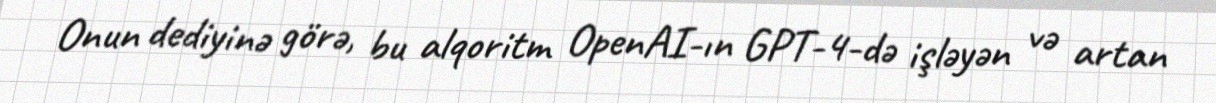
Onun dediyinə görə, bu alqoritm OpenAI-ın GPT-4-də işləyən və artan